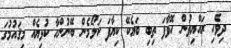
ދިވެހި ރައްޔިތުން ހޮވާފަ ތިބި ބަޔެކޭ ކިޔާފަ ކަލޯމެން ބޭނުންހާ ކުޅިޔެއް މިޤައުމުގަ